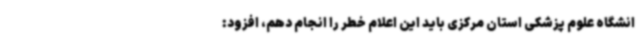
انشگاه علوم پزشکی استان مرکزی باید این اعلام خطر را انجام دهم، افزود: